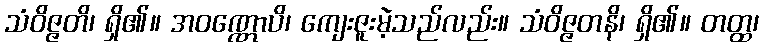
သံဝိဇ္ဇတိ၊ ရှိ၏။ အဝဏ္ဏောပိ၊ ကျေးဇူးမဲ့သည်လည်း။ သံဝိဇ္ဇတနိ၊ ရှိ၏။ တတ္ထ၊